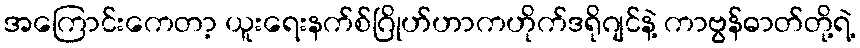
အကြောင်းကေတာ့ ယူးရေးနက်စ်ဂြိုဟ်ဟာကဟိုက်ဒရိုဂျင်နဲ့ ကာဗွန်ဓာတ်တို့ရဲ့